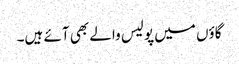
گاؤں میں پولیس والے بھی آئے ہیں۔